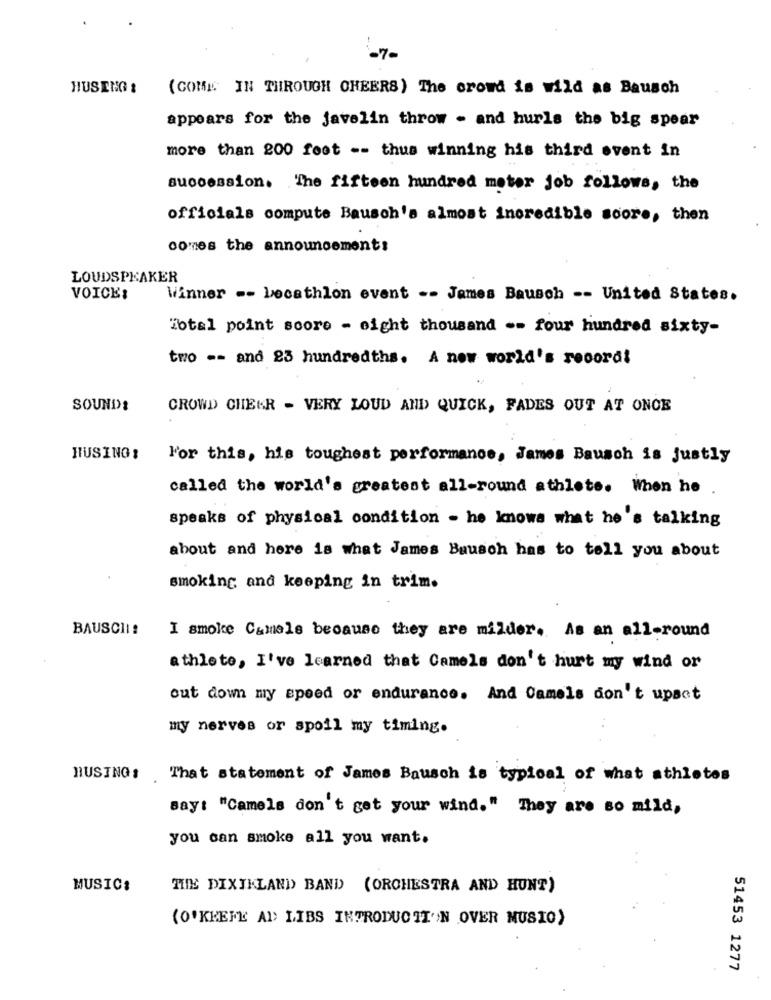
-7-
HUSENG :
(COME IN THROUGH CHEERS) The crowd is wild as Bausch
appears for the javelin throw - and hurls the big spear
more than 200 foot -- thus winning his third event in
succession. The fifteen hundred meter job follows, the
officials compute Bausch's almost incredible soore, then
comes the announcement:
LOUDSPEAKER
VOICE:
Winner -- Decathlon event -- James Bausch -- United States.
iotal point score - eight thousand -- four hundred sixty-
two -- and 25 hundredths. A new world's record!
SOUNDS
CROWD CHEKR - VERY LOUD AND QUICK, FADES OUT AT ONCE
HUSING :
For this, his toughest performance, James Bausch is justly
called the world's greatest all-round athlete. When he
speaks of physical condition - he knows what he's talking
about and here is what James Bausch has to tell you about
smoking and keeping in trim.
BAUSCHI !
I smoke Camele because they are milder. As an all-round
athlete, I've learned that Camels don't hurt my wind or
cut down my speed or endurance. And Camels don't upset
my nerves or spoil my timing.
HUSING: That statement of James Bausch is typical of what athletes
say: "Camels don't get your wind." They are so mild,
you can smoke all you want.
MUSIC:
TIE DIXIKLAND> BAND (ORCHESTRA AND HUNT)
(O'KEEFE AD LIBS INTRODUCTION OVER MUSIO)
51453 1277